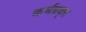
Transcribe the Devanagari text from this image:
कर्मप्रवृत्त